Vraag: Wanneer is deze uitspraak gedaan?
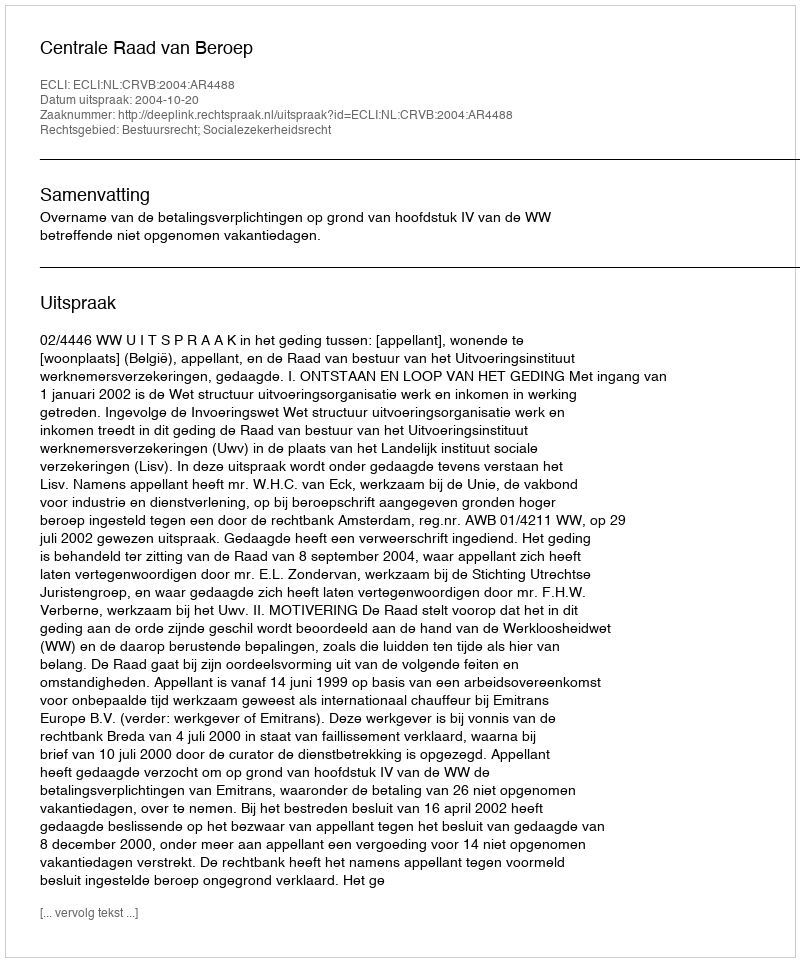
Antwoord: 2004-10-20